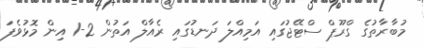
މުބާރާތުގެ ގްރޫޕް ސްޓޭޖުގައި އަމިއްލަ ދަނޑުގައި ރެއާލް އަތުން 2-1 އިން މޮޅުވެފަ